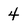
Character: 4